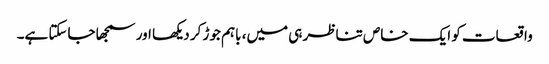
واقعات کو ایک خاص تناظر ہی میں، باہم جوڑ کر دیکھا اور سمجھا جاسکتا ہے۔